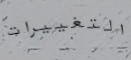
التغييرات